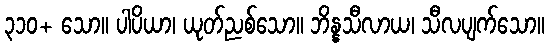
၃၁၀+ သော။ ပါပိယာ၊ ယုတ်ညစ်သော။ ဘိန္နသီလာယ၊ သီလပျက်သော။